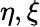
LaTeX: \eta,\xi